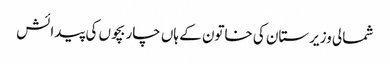
شمالی وزیرستان کی خاتون کے ہاں چار بچوں کی پیدائش